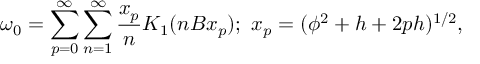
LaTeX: \omega _ { 0 } = \sum _ { p = 0 } ^ { \infty } \sum _ { n = 1 } ^ { \infty } \frac { x _ { p } } { n } K _ { 1 } ( n B x _ { p } ) ; ~ x _ { p } = ( \phi ^ { 2 } + h + 2 p h ) ^ { 1 / 2 } ,